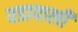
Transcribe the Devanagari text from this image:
वडावाली